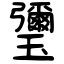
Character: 瓕